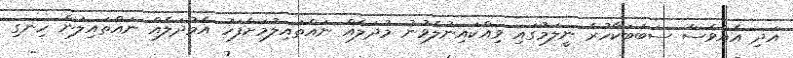
އަދި އެއްވެސް ސަބަބަކާހުރެ ނީލަމުގައި ވިއްކައިނުލެވުނު މުދަލެއް ނައްތައިލުމަށްފަހު އެމުދަލެއް ނައްތައިލަން ހިނގި